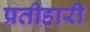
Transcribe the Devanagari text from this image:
प्रतीहारी